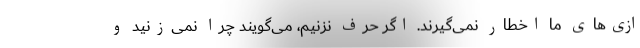
ازی‌های ما اخطار نمی‌گیرند. اگر حرف نزنیم، می‌گویند چرا نمی‌زنید و